Bombay plague: being a history of the progress of plague in the Bombay presidency from September 1896 to June 1899
Year: 1896
Disease focus: Plague
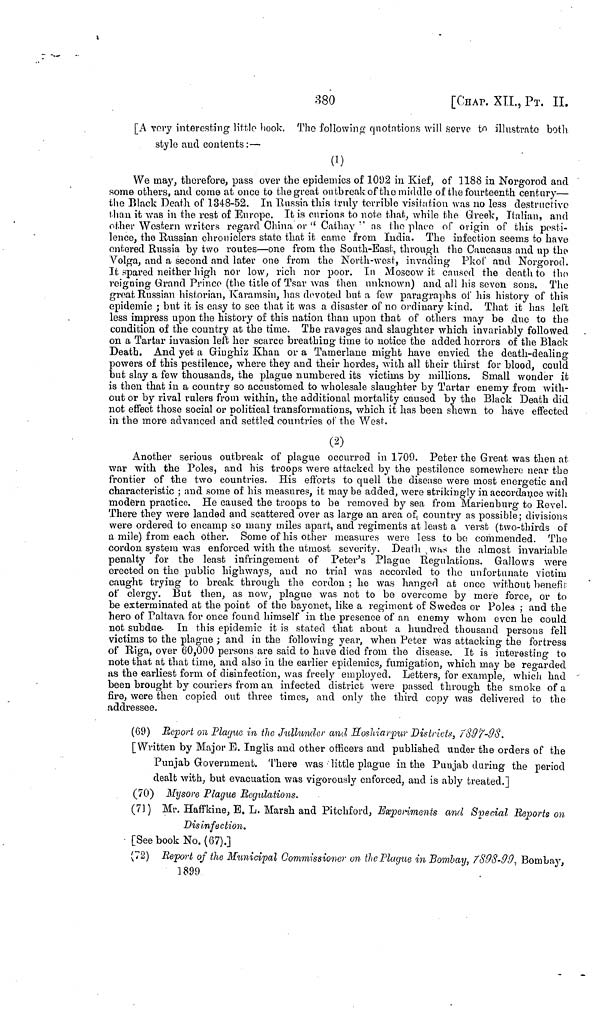
380
[CHAP. XII., PT. II.
[A very interesting little hook. The following quotations will serve to illustrate both
stylo and contents :—
(I)
We may, therefore, pass over the epidemics of 1092 in Kief, of 1188 in Norgorod and
some others, and come at once to the great outbreak of the middle of the fourteenth century—
the Black Death of 1348-52. In Russia this truly terrible visitation was no less destructive
than it was in the rest of Europe. It is curious to note that, while the Greek, Italian, and
other Western writers regard China or " Cathay " as the place of origin of this pesti-
lence, the Russian chroniclers state that it came from India. The infection seems to have
entered Russia by two routes—one from the South-East, through the Caucasus and up the
Volga, and a second and later one from the North-west, invading Pkof and Norgorod.
It spared neither high nor low, rich nor poor. In Moscow it caused the death to the
reigning Grand Prince (the title of Tsar was then unknown) and all his seven sons. The
great Russian historian, Karamsin, has devoted but a few paragraphs of his history of this
epidemic ; but it is easy to see that it was a disaster of no ordinary kind. That it has left
less impress upon the history of this nation than upon that of others may be due to the
condition of the country at the time. The ravages and slaughter which invariably followed
on a Tartar invasion left her scarce breathing time to notice the added horrors of the Black
Death. And yet a Giughiz Khan or a Tamerlane might have envied the death-dealing
powers of this pestilence, where they and their hordes, with all their thirst for blood, could
but slay a few thousands, the plague numbered its victims by millions. Small wonder it
is then that in a country so accustomed to wholesale slaughter by Tartar enemy from with-
out or by rival rulers from within, the additional mortality caused by the Black Death did
not effect those social or political transformations, which it has been shewn to have effected
in the more advanced and settled countries of the West.
(2)
Another serious outbreak of plague occurred in 1709. Peter the Great was then at
war with the Poles, and his troops were attacked by the pestilence somewhere near the
frontier of the two countries. His efforts to quell the disease were most energetic and
characteristic ; and some of his measures, it may be added, were strikingly in accordance with
modern practice. He caused the troops to be removed by sea from Marienburg to Revel.
There they were landed and scattered over as large an area of country as possible; divisions
were ordered to encamp so many miles apart, and regiments at least a verst (two-thirds of
a mile) from each other. Some of his other measures were less to bo commended. The
cordon system was enforced with the utmost severity. Death was the almost invariable
penalty for the least infringement of Peter's Plague Regulations. Gallows were
erected on the public highways, and no trial was accorded to the unfortunate victim
caught trying to break through the cordon ; he was hanged at once without benefit
of clergy. But then, as now, plague was not to be overcome by mere force, or to
be exterminated at the point of the bayonet, like a regiment of Swedes or Poles ; and the
hero of Paltava for once found himself in the presence of an enemy whom even he could
not subdue. In this epidemic it is stated that about a hundred thousand persons fell
victims to the plague ; and in the following year, when Peter was attacking the fortress
of Riga, over 60,000 persons are said to have died from the disease. It is interesting to
note that at that time, and also in the earlier epidemics, fumigation, which may be regarded
as the earliest form of disinfection, was freety employed. Letters, for example, which had
been brought by couriers from an infected district were passed through the smoke of a
fire, were then copied out three times, and only the third copy was delivered to the
addressee.
(69) Report on Plague in the Jullunder and Hoshiarpur Districts, 1897-98.
[Written by Major E. Inglis and other officers and published under the orders of the
Punjab Government. There was little plague in the Punjab during the period
dealt with, but evacuation was vigorously enforced, and is ably treated.]
(70) Mysore Plague Regulations.
(71) Mr. Haffkine, E. L. Marsh and Pitchford, Experiments and Special Reports on
Disinfection.
[See book No. (67).]
(72) Report of the Municipal Commissioner on the Plague in Bombay, 7898-90, Bombay,
1899